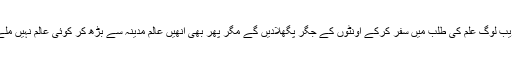
’’عنقریب لوگ علم کی طلب میں سفر کرکے اونٹوں کے جگر پگھلادیں گے مگر پھر بھی انھیں عالم مدینہ سے بڑھ کر کوئی عالم نہیں ملے گا‘‘۔